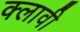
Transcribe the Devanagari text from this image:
क्लावी